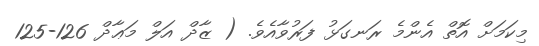
މިކަމަށް އޮތް އެންމެ ރަނގަޅު ފަރުވާއެވެ. ( ޒާދް އަލް މަޢާދް 126-125